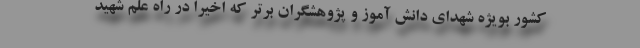
کشور بویژه شهدای دانش آموز و پژوهشگران برتر که اخیرا در راه علم شهید